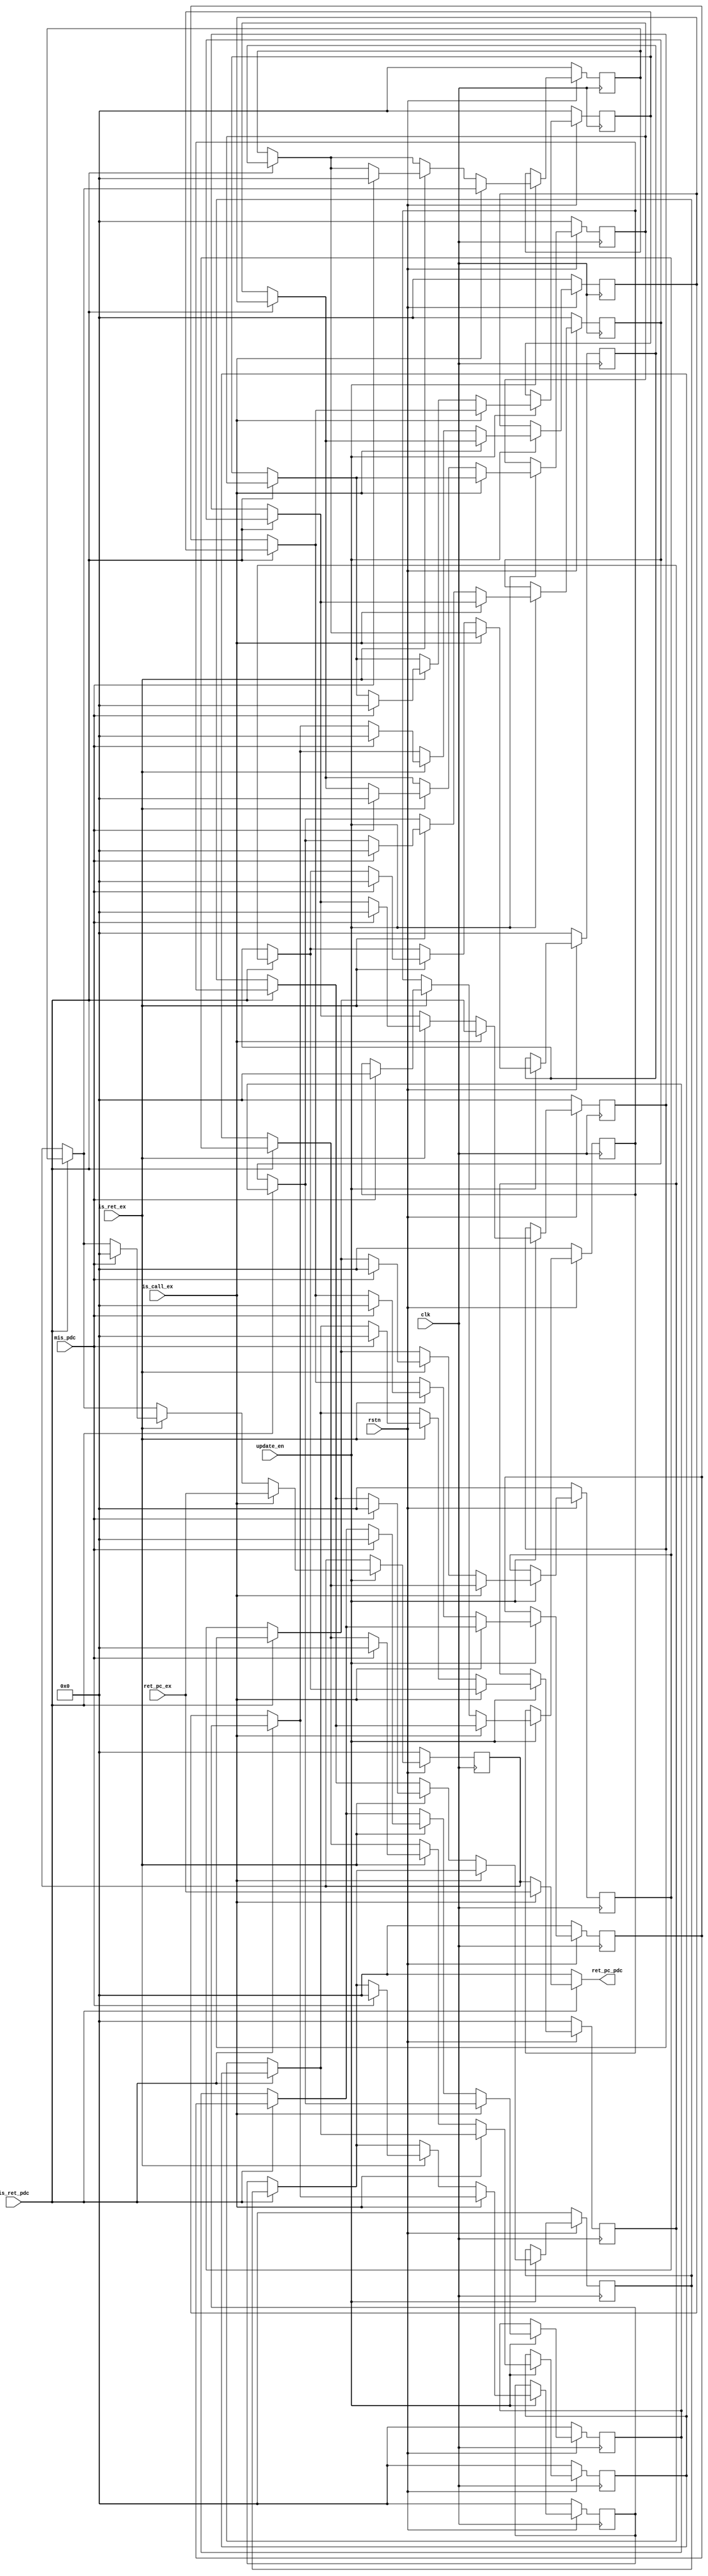
//
module ras #(
    parameter   stack_len= 16,
                ADDR_WIDTH = 30
)(
    input   clk,
    input   rstn,
    input   update_en,
    input   is_call_ex,            //ex
    input   [ADDR_WIDTH-1:0] ret_pc_ex,      //ex
    output  reg [ADDR_WIDTH-1:0] ret_pc_pdc, //
    input   mis_pdc,               //
    input   is_ret_ex,             //ex
    input   is_ret_pdc             //
);
    //
    reg [ADDR_WIDTH-1:0] ret_stk[0:stack_len-1];//return stack

    always @(posedge clk)begin
        if(!rstn) begin
            ret_stk[4'd0]<=0;
            ret_stk[4'd1]<=0;
            ret_stk[4'd2]<=0;
            ret_stk[4'd3]<=0;
            ret_stk[4'd4]<=0;
            ret_stk[4'd5]<=0;
            ret_stk[4'd6]<=0;
            ret_stk[4'd7]<=0;
            ret_stk[4'd8]<=0;
            ret_stk[4'd9]<=0;
            ret_stk[4'd10]<=0;
            ret_stk[4'd11]<=0;
            ret_stk[4'd12]<=0;
            ret_stk[4'd13]<=0;
            ret_stk[4'd14]<=0;
            ret_stk[4'd15]<=0;
        end
        else if(~update_en) ;
        else if(is_call_ex) begin
            ret_stk[4'd0]<=ret_pc_ex;
            if(!is_ret_pdc) begin   //push
                ret_stk[4'd1]<=ret_stk[4'd0];
                ret_stk[4'd2]<=ret_stk[4'd1];
                ret_stk[4'd3]<=ret_stk[4'd2];
                ret_stk[4'd4]<=ret_stk[4'd3];
                ret_stk[4'd5]<=ret_stk[4'd4];
                ret_stk[4'd6]<=ret_stk[4'd5];
                ret_stk[4'd7]<=ret_stk[4'd6];
                ret_stk[4'd8]<=ret_stk[4'd7];
                ret_stk[4'd9]<=ret_stk[4'd8];
                ret_stk[4'd10]<=ret_stk[4'd9];
                ret_stk[4'd11]<=ret_stk[4'd10];
                ret_stk[4'd12]<=ret_stk[4'd11];
                ret_stk[4'd13]<=ret_stk[4'd12];
                ret_stk[4'd14]<=ret_stk[4'd13];
                ret_stk[4'd15]<=ret_stk[4'd14];
            end
        end
        else if(is_ret_ex) begin
            if(mis_pdc) begin
                ret_stk[4'd0]<=0;
                ret_stk[4'd1]<=0;
                ret_stk[4'd2]<=0;
                ret_stk[4'd3]<=0;
                ret_stk[4'd4]<=0;
                ret_stk[4'd5]<=0;
                ret_stk[4'd6]<=0;
                ret_stk[4'd7]<=0;
                ret_stk[4'd8]<=0;
                ret_stk[4'd9]<=0;
                ret_stk[4'd10]<=0;
                ret_stk[4'd11]<=0;
                ret_stk[4'd12]<=0;
                ret_stk[4'd13]<=0;
                ret_stk[4'd14]<=0;
                ret_stk[4'd15]<=0;
            end
            else if(is_ret_pdc) begin    //pop
                ret_stk[4'd0]<=ret_stk[4'd1];
                ret_stk[4'd1]<=ret_stk[4'd2];
                ret_stk[4'd2]<=ret_stk[4'd3];
                ret_stk[4'd3]<=ret_stk[4'd4];
                ret_stk[4'd4]<=ret_stk[4'd5];
                ret_stk[4'd5]<=ret_stk[4'd6];
                ret_stk[4'd6]<=ret_stk[4'd7];
                ret_stk[4'd7]<=ret_stk[4'd8];
                ret_stk[4'd8]<=ret_stk[4'd9];
                ret_stk[4'd9]<=ret_stk[4'd10];
                ret_stk[4'd10]<=ret_stk[4'd11];
                ret_stk[4'd11]<=ret_stk[4'd12];
                ret_stk[4'd12]<=ret_stk[4'd13];
                ret_stk[4'd13]<=ret_stk[4'd14];
                ret_stk[4'd14]<=ret_stk[4'd15];

                ret_stk[4'd15]<=ret_stk[4'd15];
            end
            end
        else if(is_ret_pdc) begin   //pop
            ret_stk[4'd0]<=ret_stk[4'd1];
            ret_stk[4'd1]<=ret_stk[4'd2];
            ret_stk[4'd2]<=ret_stk[4'd3];
            ret_stk[4'd3]<=ret_stk[4'd4];
            ret_stk[4'd4]<=ret_stk[4'd5];
            ret_stk[4'd5]<=ret_stk[4'd6];
            ret_stk[4'd6]<=ret_stk[4'd7];
            ret_stk[4'd7]<=ret_stk[4'd8];
            ret_stk[4'd8]<=ret_stk[4'd9];
            ret_stk[4'd9]<=ret_stk[4'd10];
            ret_stk[4'd10]<=ret_stk[4'd11];
            ret_stk[4'd11]<=ret_stk[4'd12];
            ret_stk[4'd12]<=ret_stk[4'd13];
            ret_stk[4'd13]<=ret_stk[4'd14];
            ret_stk[4'd14]<=ret_stk[4'd15];

            ret_stk[4'd15]<=ret_stk[4'd15];
        end
    end

    always @(*) begin
        ret_pc_pdc=0;
        if(is_ret_pdc) begin
            ret_pc_pdc=ret_stk[4'd0];
            if(is_call_ex) begin
                ret_pc_pdc=ret_pc_ex;
            end
        end
    end
endmodule